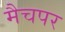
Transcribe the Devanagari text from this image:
मैचपर